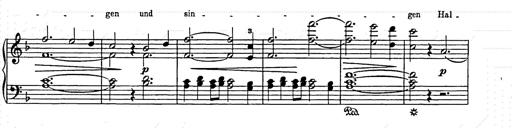
Title: Weihnachtsbaum
Composer: Franz Liszt